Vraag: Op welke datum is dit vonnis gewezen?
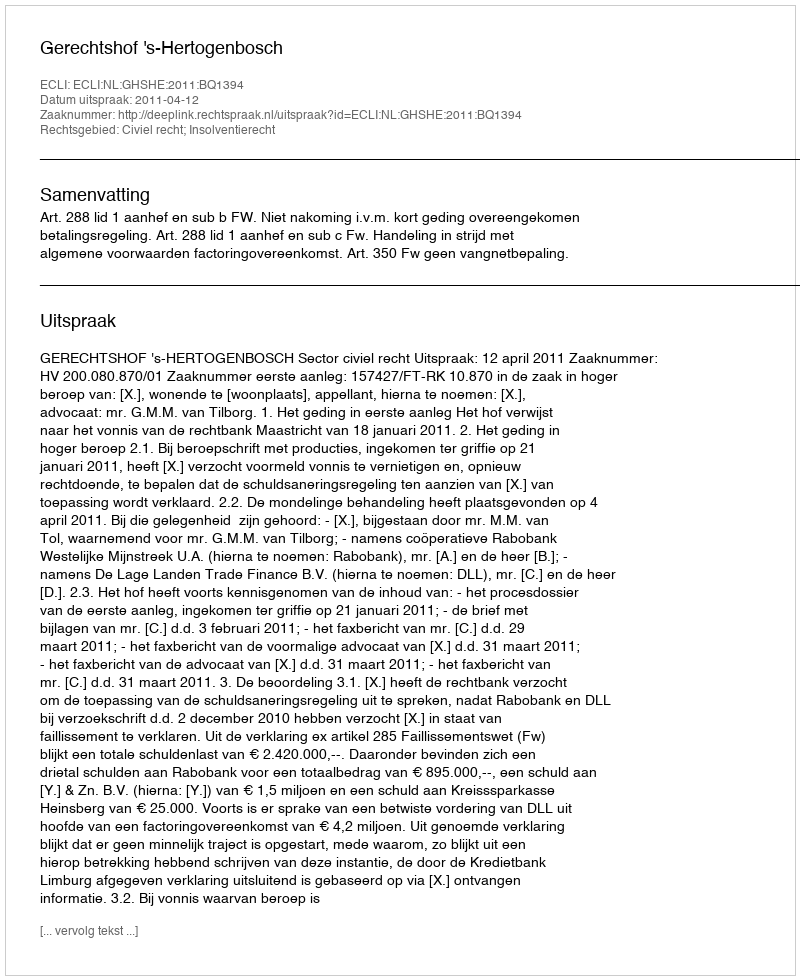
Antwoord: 2011-04-12